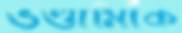
ভণ্ডামিকে